Reports on dispensaries and lunatic asylums in the Province of Oudh - 1869-1876
Year: 1869
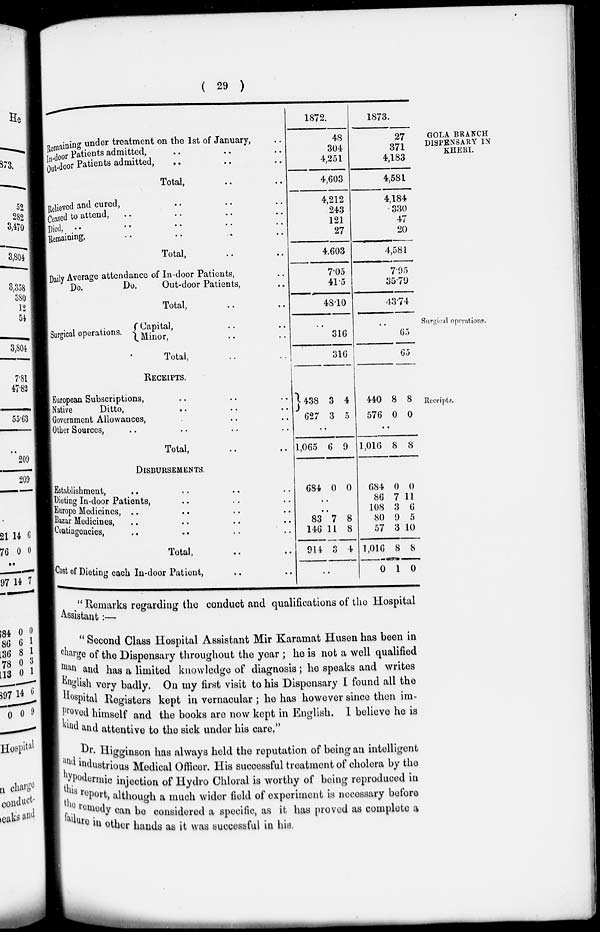
( 29 )
GOLA BRANCH
DISPENSARY IN
KHERI.
Remaining under treatment on the 1st of January, ..
In-door Patients admitted, .. .. ..
Out-door Patients admitted, .. .. ..
Total, .. ..
Relieved and cured, .. .. .. ..
Ceased to attend, .. .. .. ..
Died, .. .. .. ..
Remaining, .. .. .. ..
Total, .. ..
Daily Average attendance of In-door Patients, ..
Do.
Do.
Out-door Patients, ..
Total, .. ..
1872.
48
304
4,251
4,603
4,212
243
121
27
4,603
7.05
41.5
48.10
1873.
27
371
4,183
4,581
4,184
330
47
20
4,581
7.95
35.79
43.74
Surgical operations.
Surgical operations,
Capital, .. ..
Minor, .. ..
Total,
..
316
316
..
65
65
Receipts.
RECEIPTS.
European Subscriptions, .. .. ..
Native
Ditto, .. .. ..
Government Allowances, .. .. .. ..
Other Sources, .. .. .. ..
Total, .. ..
438
627
3
3
4
5
..
1,065 6 9
440
576
8
0
8
0
..
1,016 8 8
DISBURSEMENTS.
Establishment, .. .. .. ..
Dieting In-door Patients, .. .. ..
Europe Medicines, .. .. .. ..
Bazar Medicines, .. .. .. ..
Contingencies, .. .. .. ..
Total, .. ..
Cost of Dieting each In-door Patient, .. ..
684 0 0
..
..
83
146
914
..
7
11
3
..
8
8
4
684
86
108
80
57
1,016
0
0
7
3
9
3
8
1
0
11
6
5
10
8
0
"Remarks regarding the conduct and qualifications of the Hospital
Assistant:––
"Second Class Hospital Assistant Mir Karamat Husen has been in
charge of the Dispensary throughout the year ; he is not a well qualified
man and has a limited knowledge of diagnosis; he speaks and writes
English very badly. On my first visit to his Dispensary I found all the
Hospital Registers kept in vernacular; he has however since then im-
proved himself and the books are now kept in English. I believe he is
kind and attentive to the sick under his care,"
Dr. Higginson has always held the reputation of being an intelligent
and industrious Medical Officer. His successful treatment of cholera by the
hypodermic injection of Hydro Chloral is worthy of being reproduced in
this report, although a much wider field of experiment is necessary before
the remedy can be considered a specific, as it has proved as complete a
failure in other hands as it was successful in his.